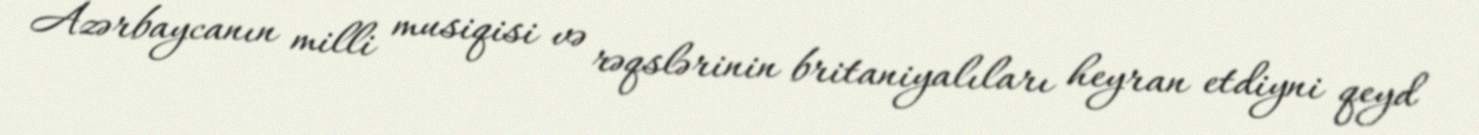
Azərbaycanın milli musiqisi və rəqslərinin britaniyalıları heyran etdiyni qeyd